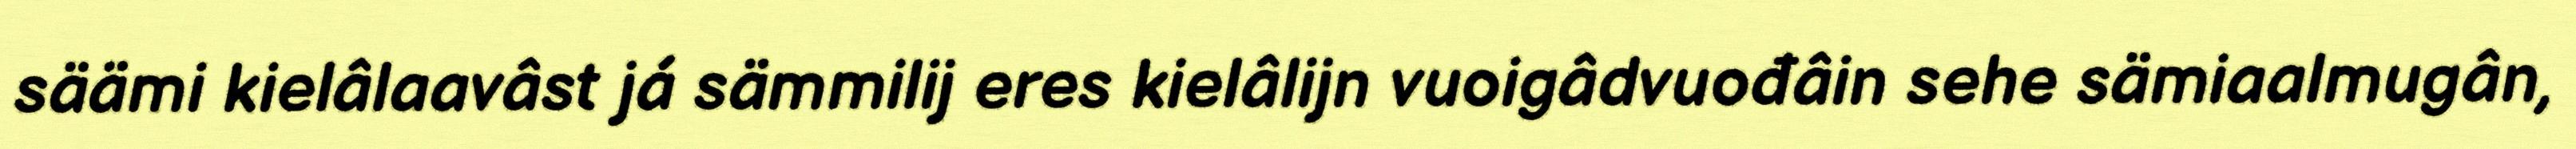
säämi kielâlaavâst já sämmilij eres kielâlijn vuoigâdvuođâin sehe sämiaalmugân,